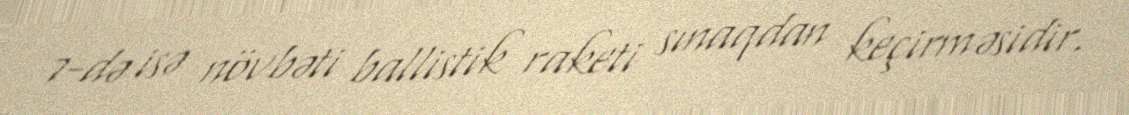
7-də isə növbəti ballistik raketi sınaqdan keçirməsidir.